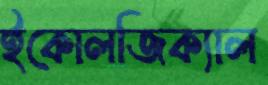
ইকোলজিক্যাল